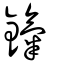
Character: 鎎